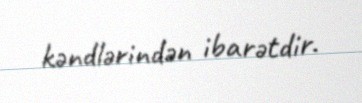
kəndlərindən ibarətdir.